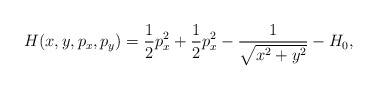
\begin{align*}H(x,y,p_x,p_y) = \frac{1}{2}p_x^2+\frac{1}{2}p_x^2 -\frac{1}{\sqrt{x^2+y^2}}-H_0,\end{align*}